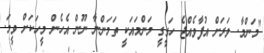
"މަންމާ. ވަރަށް އުފާވެއްޖެ ހަގީގީ މަންމައަކީ ތަމަންނާ ނޫން އެހެން މީހަކަށް ވީމަ.